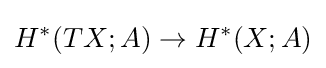
H^{*}(TX;A)\to H^{*}(X;A)